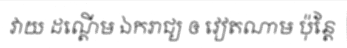
វាយ ដណ្តើម ឯករាជ្យ ឲ វៀតណាម ប៉ុន្តែ